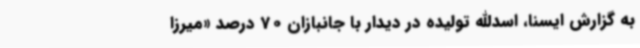
به گزارش ایسنا، اسدالله تولیده در دیدار با جانبازان 70 درصد «میرزا